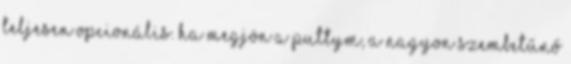
teljesen opcionális. Ha megjön a puttym, a nagyon szembetűnő